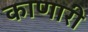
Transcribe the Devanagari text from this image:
काणारी